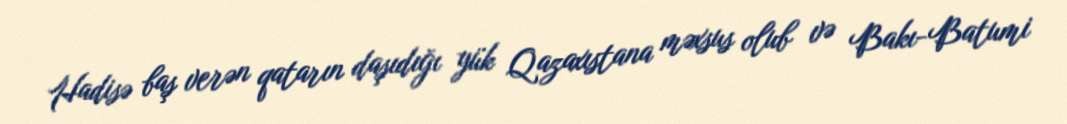
Hadisə baş verən qatarın daşıdığı yük Qazaxıstana məxsus olub və Bakı-Batumi